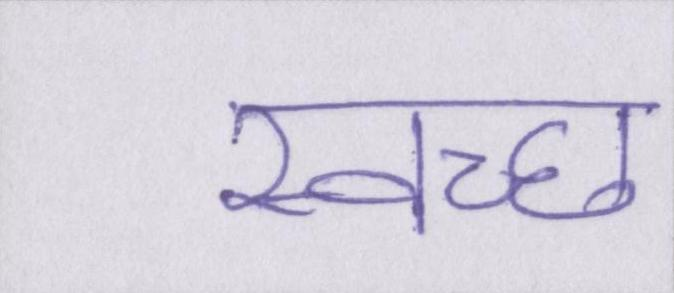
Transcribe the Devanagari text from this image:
स्वच्छ